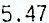
5.47